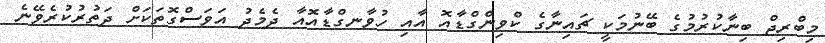
މިބްރިޖް ބިނާކުރުމުގެ ބޭނުމަކީ ޗައިނާގެ ކްވިންގްޑާއޮ އާއި ހުވާނގްޑާއޮއާ ދެމެދު އަވަސްގޮތަކަށް ދަތުރުކުރެވޭނެ